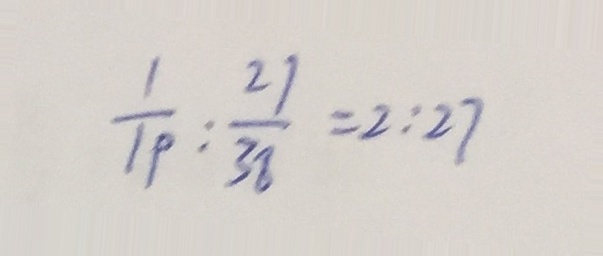
\frac { 1 } { 1 9 } : \frac { 2 7 } { 3 8 } = 2 : 2 7